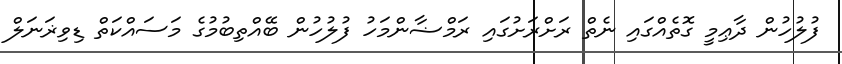
ފުލުހުން ދާޢިމީ ގޮތެއްގައި ނެތް ރަށްރަށުގައި ރަމްޟާންމަހު ފުލުހުން ބޭއްތިބުމުގެ މަސައްކަތް ޑިވިޜަނަލް